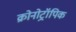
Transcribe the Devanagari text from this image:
क्रोनोट्रॉपिक